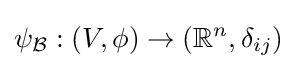
\psi _{\mathcal {B}}:(V,\phi )\rightarrow (\mathbb {R} ^{n},\delta _{ij})